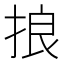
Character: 𢭗